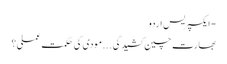
- ایکسپریس اردو
بھارت چین کشیدگی . . . مودی کی حکمت عملی ؟